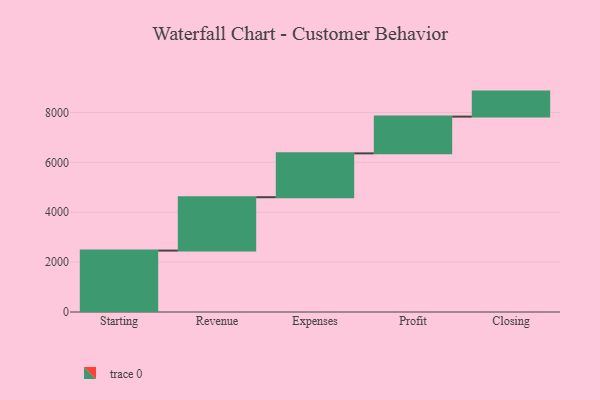
{"axis": {"x": "Step", "y": "Value"}, "legend": [""], "data": [{"x": "Starting", "y": 2463.0, "type": ""}, {"x": "Revenue", "y": 2140.0, "type": ""}, {"x": "Expenses", "y": 1758.0, "type": ""}, {"x": "Profit", "y": 1474.0, "type": ""}, {"x": "Closing", "y": 1003.0, "type": ""}]}